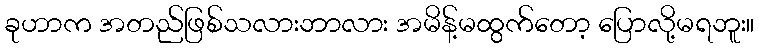
ခုဟာက အတည်ဖြစ်သလားဘာလား အမိန့်မထွက်တော့ ပြောလို့မရဘူး။